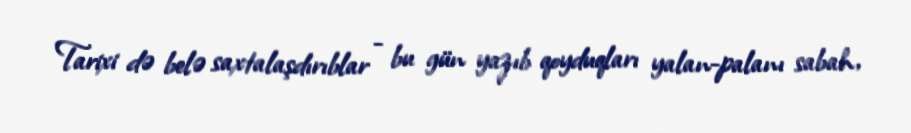
Tarixi də belə saxtalaşdırıblar - bu gün yazıb qoyduqları yalan-palanı sabah,